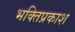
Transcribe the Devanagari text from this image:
भक्तिप्रकाश